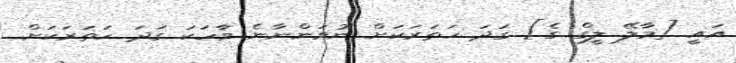
އައީ [މާލޭ ލީގް ގެ] ގަދަ ހަތަރަކަށް ނުވަންނާނެ ވާހަކަ ގަދަ ހަތަރަކަށް